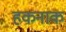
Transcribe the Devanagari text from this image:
हकनाक